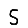
Digit: 5